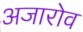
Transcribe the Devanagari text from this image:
अजारोव